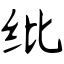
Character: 纰